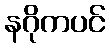
နဂိုကပင်